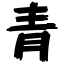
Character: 青